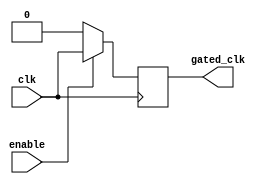
module clock_gating_buffer (
    input wire clk,       // Primary clock input
    input wire enable,    // Control signal to enable/disable the clock
    output reg gated_clk   // Gated clock output
);

// Always block sensitive to the clock signal
always @(posedge clk) begin
    if (enable) begin
        gated_clk <= clk; // Pass the input clock to the output when enabled
    end else begin
        gated_clk <= 1'b0; // Gated off when enable is low
    end
end

endmodule